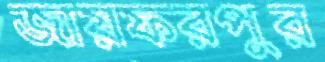
জায়ফরপুর